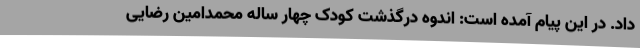
داد. در این پیام آمده است: اندوه درگذشت کودک چهار ساله محمدامین رضایی